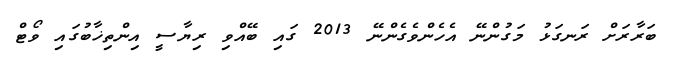
ބަރާރަށް ރަނގަޅު މަގުންނޭ އެހެންވެގެންނޭ 2013 ގައި ބޭއްވި ރިޔާސީ އިންތިޚާބުގައި ވޯޓް